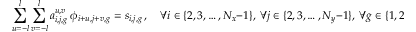
\sum _ { u = - l } ^ { l } \sum _ { v = - l } ^ { l } a _ { i , j , g } ^ { u , v } \, \phi _ { i + u , j + v , g } = s _ { i , j , g } \, , \quad \forall i \in \{ 2 , 3 , \ldots , N _ { x } - 1 \} , \ \forall j \in \{ 2 , 3 , \ldots , N _ { y } - 1 \} , \ \forall g \in \{ 1 , 2 , \ldots , N _ { g } \} ,